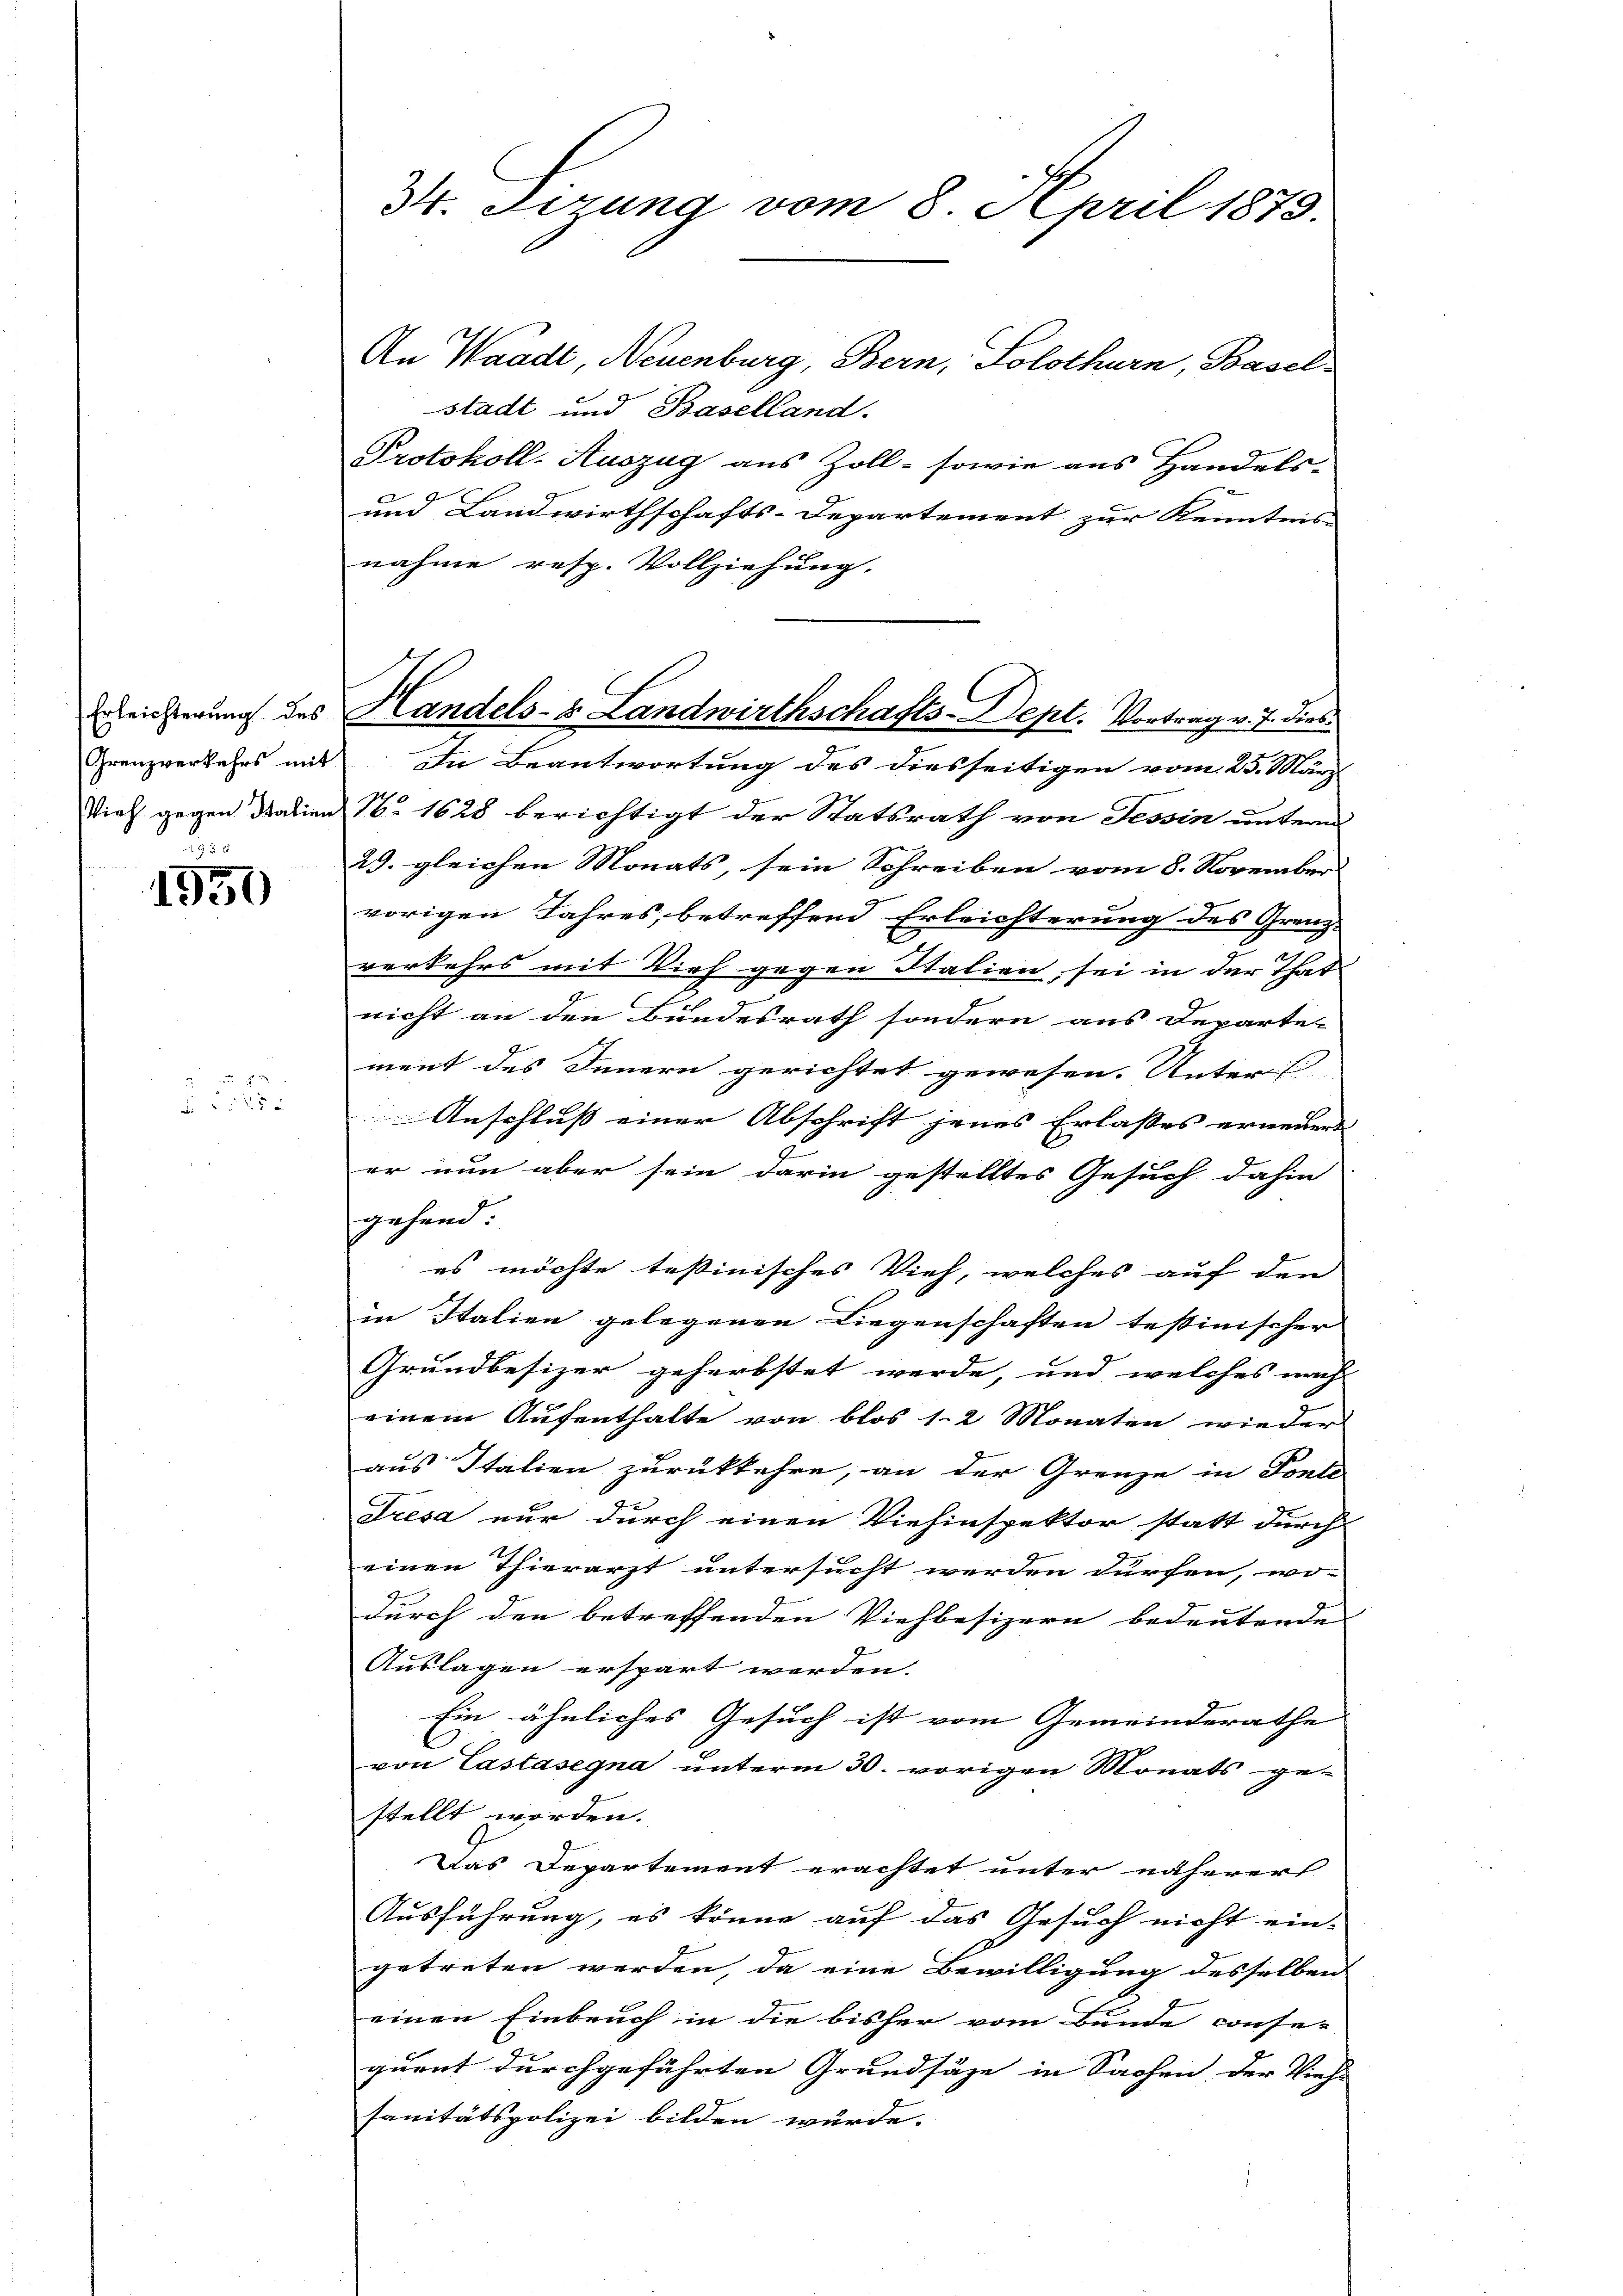
Grenzverkehrs mit
2

1950

x
4

34. Ferung vom 8. April 1873.

An Waadt, Neuenburg, Bern, Solothurn, Basel-
stadt und Baselland.
Protokoll-Auszug aus Zoll- sowie aus Handels-
und Landwirthschafts-Departement zur Kenntnis- |
nahme resp. Vollziehung.
In Beantwortung des diesseitigen vom 25. März
Vieh gegen Datien No 1628 berichtigt der Statsrath von Tessin unterm
29. gleichen Monats, sein Schreiben vom 8. November
vorigen Jahres, betreffend Erleichterung des Grenz-
verkehrs mit Vieh gegen Stalien, sei in der That
nicht an den Bundesrath sondern aus Departen
ment des Innern gerichtet gewesen. Unters
Anschluß einer Abschrift jenes Erlasses erneuert |
2
er nun aber sein darin gestelltes Gesuch dahin
gehend:
es möchte testinisches Vieh, welches auf den
in Italien gelegenen Liegenschaften testinischer
Grundbesizer geherbstet werde, und welches nach |
einem Aufenthalte von blos 12 Monaten wieder
aus Italien zurückkehre, an der Grenze in Ponti
dresa nur durch einen Viehinspektor statt durch
einen Thierarzt untersucht werden dürfen, wo-
durch den betreffenden Viehbesizern bedeutende
Auslagen erspart werden. |
Ein ähnliches Gesuch ist vom Gemeinderathe
von Castasegna unterm 30. vorigen Monats ge-
stellt worden.
Das Departement erachtet unter näherer
Ausführung, es könne auf das Gesuch nicht ein-
getreten werden, da eine Bewilligung desselben
einen Einbruch in die bisher vom Bunde conse-
quent durchgeführten Grundsäze in Sachen der Viehe
sanitätspolizei bilden würde.

Erreicherung des Handels- & Landwirthschafts-Dept. Vortrag v. J. dies